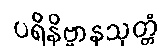
ပရိနိဗ္ဗာနသုတ္တံ